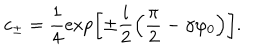
c _ { \pm } = \frac 1 4 \exp \left[ \pm \frac { i } { 2 } \left( \frac { \pi } { 2 } - \gamma \varphi _ { 0 } \right) \right] .